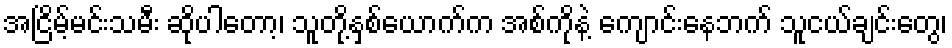
အငြိမ့်မင်းသမီး ဆိုပါတော့၊ သူတို့နှစ်ယောက်က အစ်ကိုနဲ့ ကျောင်းနေဘက် သူငယ်ချင်းတွေ၊